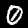
Label: 0